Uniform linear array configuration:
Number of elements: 24
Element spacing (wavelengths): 0.5
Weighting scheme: exponential
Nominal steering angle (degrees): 60
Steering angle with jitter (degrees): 61.605
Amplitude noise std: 0.05
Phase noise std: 0.05

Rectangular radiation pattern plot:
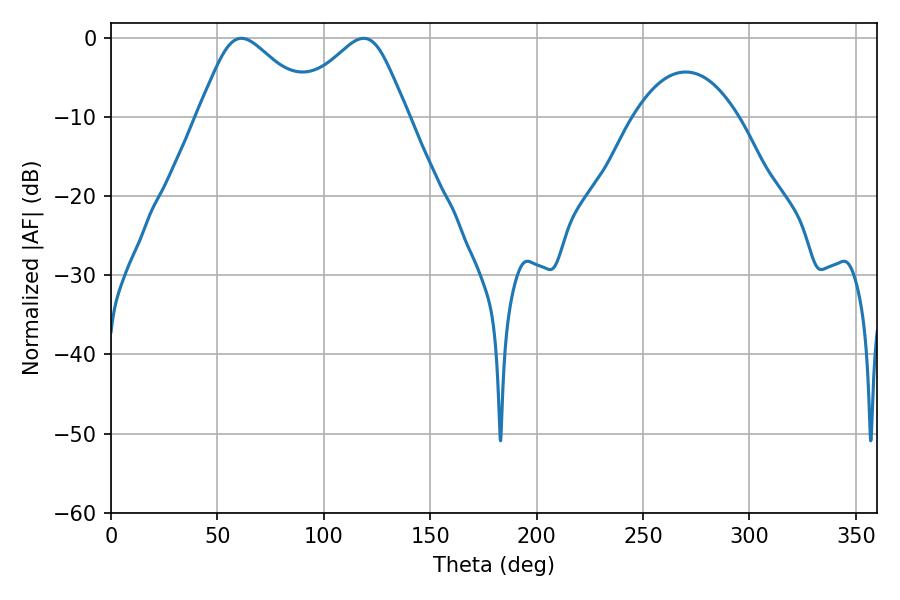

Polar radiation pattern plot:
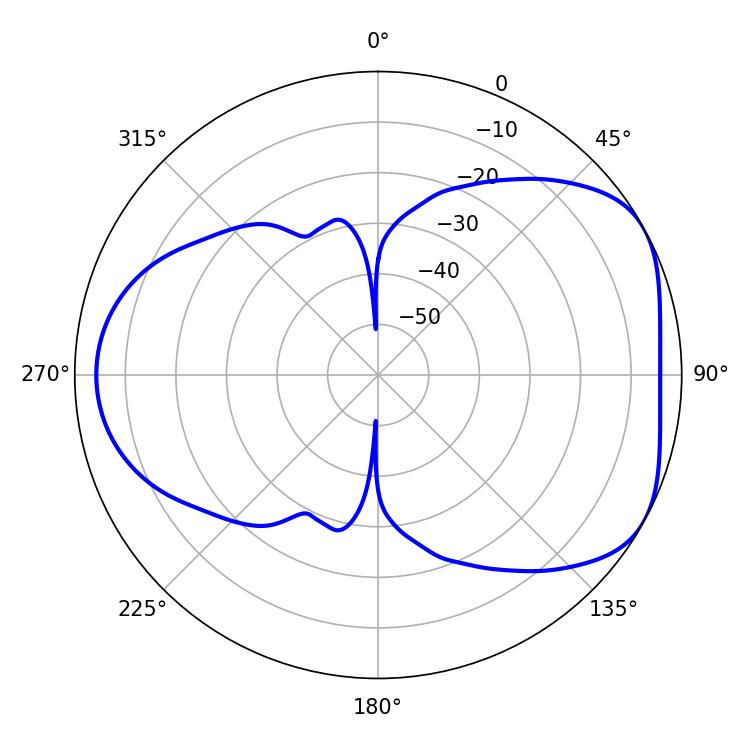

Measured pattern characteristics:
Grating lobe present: FALSE
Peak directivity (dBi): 4.716
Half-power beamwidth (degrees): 27.18
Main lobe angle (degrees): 61.2